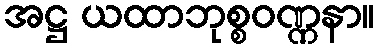
အဋ္ဌ ယထာဘုစ္စဝဏ္ဏနာ။